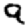
Digit: 9